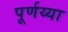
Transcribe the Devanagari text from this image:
पूर्णय्या